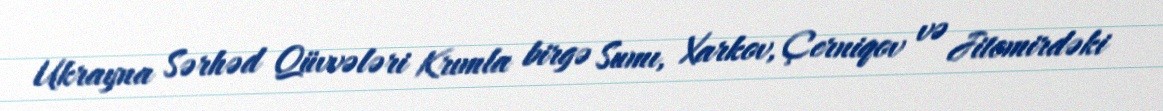
Ukrayna Sərhəd Qüvvələri Krımla birgə Sumı, Xarkov, Çerniqov və Jitomirdəki